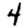
Digit: 4